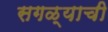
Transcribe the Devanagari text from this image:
सगळ्याची